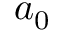
a _ { 0 }